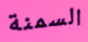
السمنة